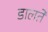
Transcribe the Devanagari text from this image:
डालतें